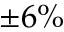
\pm 6 \%